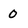
Character: 0